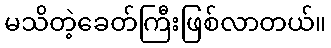
မသိတဲ့ခေတ်ကြီးဖြစ်လာတယ်။